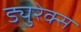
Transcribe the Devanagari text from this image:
ड्युरेक्स